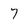
Character: 7